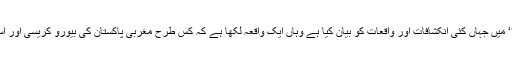
جماعت اسلامی ڈھاکا کے سابق امیر خرم مراد صاحب نے اپنی کتاب ’’لمحات‘‘ میں جہاں کئی انکشافات اور واقعات کو بیان کیا ہے وہاں ایک واقعہ لکھا ہے کہ کس طرح مغربی پاکستان کی بیورو کریسی اور اسٹیبلشمنٹ بنگالیوں سے چھٹکارا حاصل کرنے کی منصو بہ بندی کر رہی تھی۔